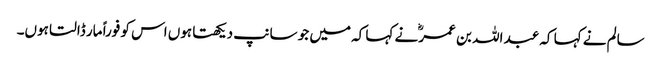
سالم نے کہا کہ عبد اللہ بن عمرؓ نے کہا کہ میں جو سانپ دیکھتا ہوں اس کو فوراً مار ڈالتا ہوں۔